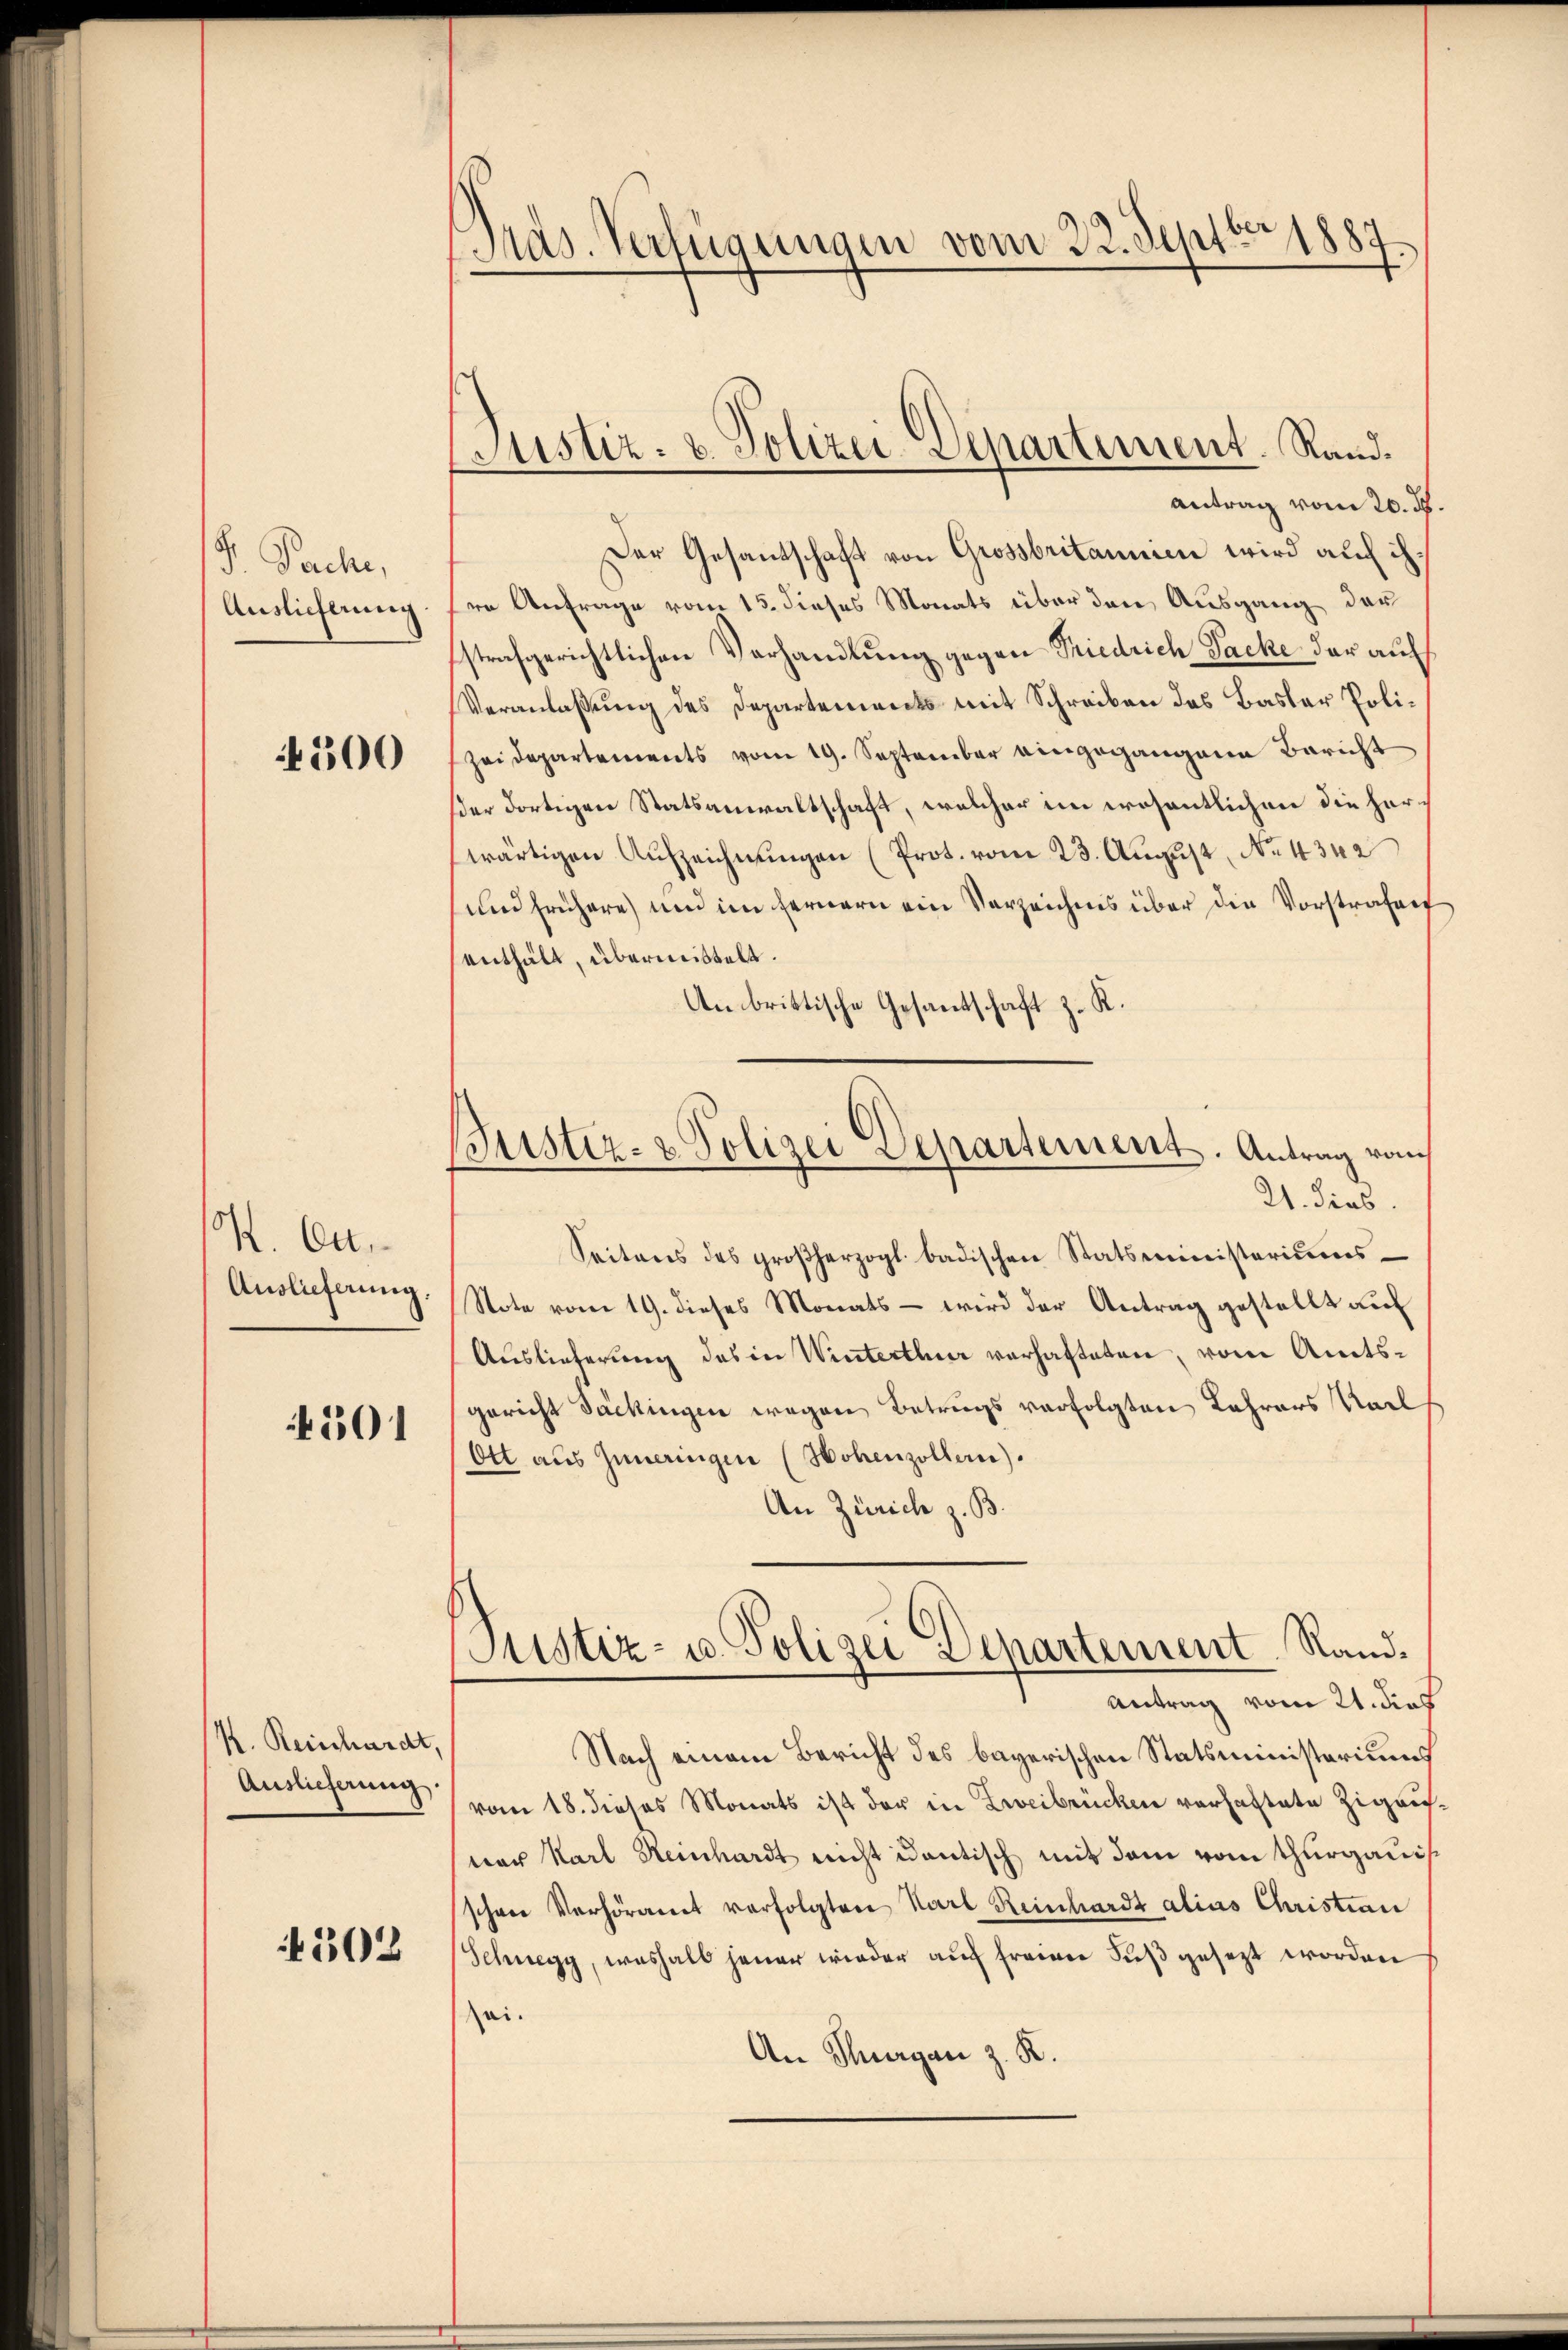
S. Pache,
Auslieferung.

4500

K. Ca
Auslieferung.

501

K. Reischardt,
Auslieferung.

4502

Gras. Verfügungen vom 22. Septbr 1880

Justiz- u. Polizei-Departement. Rand.
Antrag vom 20. ds.

Der Gesantschaft von Grossbritanien wird auf ihre Anfrage vom 15. dieses Monats über den Ausgang der
strafgerichtlichen Verhandlung gegen Friedrich Packe der auf
Veranlaßung des Departements mit Schreiben das Basler Polizeidepartements vom 19. September eingegangene Bericht
der dortigen Statsanwaltschaft, welcher ein wesentlichen die herwärtigen Aufzeichnŭngen (Prot. vom 23. August, No 4342
und frühere und im fernern ein Verzeichnis über die Vorstrafen
enthält, übermittelt.
Anbrittische Gesantschaft z. K.
Seitens des großherzogl. badischen Statsministeriums¬
Note vom 19. dieses Monats – wird der Antrag gestellt auf
Auslieferung des in Winterthur verhafteten, vom Amtsgericht Säckingen wegen Betrugs verfolgten Lehrers Karl
Ott aus Inneringen (Hohenzollen).
An Zürich z. B.
Justiz- u. Polizei Departement Rand¬
Antrag vom 21. dies
Nach einem Bericht des bayerischen Statsministeriums
vom 18. dieses Monats ist der in Zweibrücken verhaftete Zigausner Karl Reinhardt nicht identisch mit dem vom Thurgauis
schon Verhöramt vorfolgten Karl Reinhardt alias Christian
Schnegg, weshalb jener wieder auf freien Fuß gesezt worden
sei.
An Thurgau z. R.

Baister- & Polizei Departement. Antrag vom
21. dies